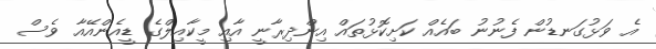
އެ ވަޅުގަނޑުން ފެނުނު ބައެއް ކަށިކޮޅުތައް އިންދިރާނީ އާއި މީކާއިލްގެ ޑީއެންއޭއާ ވެސް